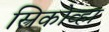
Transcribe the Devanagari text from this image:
स्त्रिकोव्हा